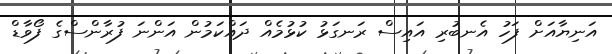
އަނިޔާއަށް ފަހު އެނބުރި އައިސް ރަނގަޅު ކުޅުމެއް ދައްކަމުން އަންނަ ފުރާންސްގެ ފޯވާޑް